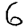
Digit: 6